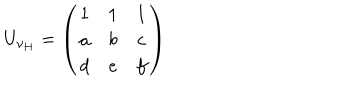
U _ { \nu _ { H } } = \left( \begin{matrix} { { 1 } } & { { 1 } } & { { 1 } } \\ { { a } } & { { b } } & { { c } } \\ { { d } } & { { e } } & { { f } } \\ \end{matrix} \right)